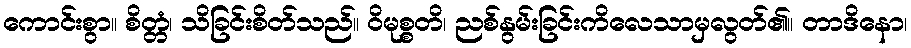
ကောင်းစွာ။ စိတ္တံ၊ သိခြင်းစိတ်သည်။ ဝိမုစ္စတိ၊ ညစ်နွမ်းခြင်းကိလေသာမှလွတ်၏။ တာဒိနော၊